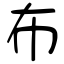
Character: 布